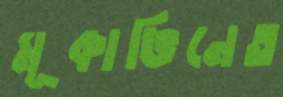
মূকাভিনেত